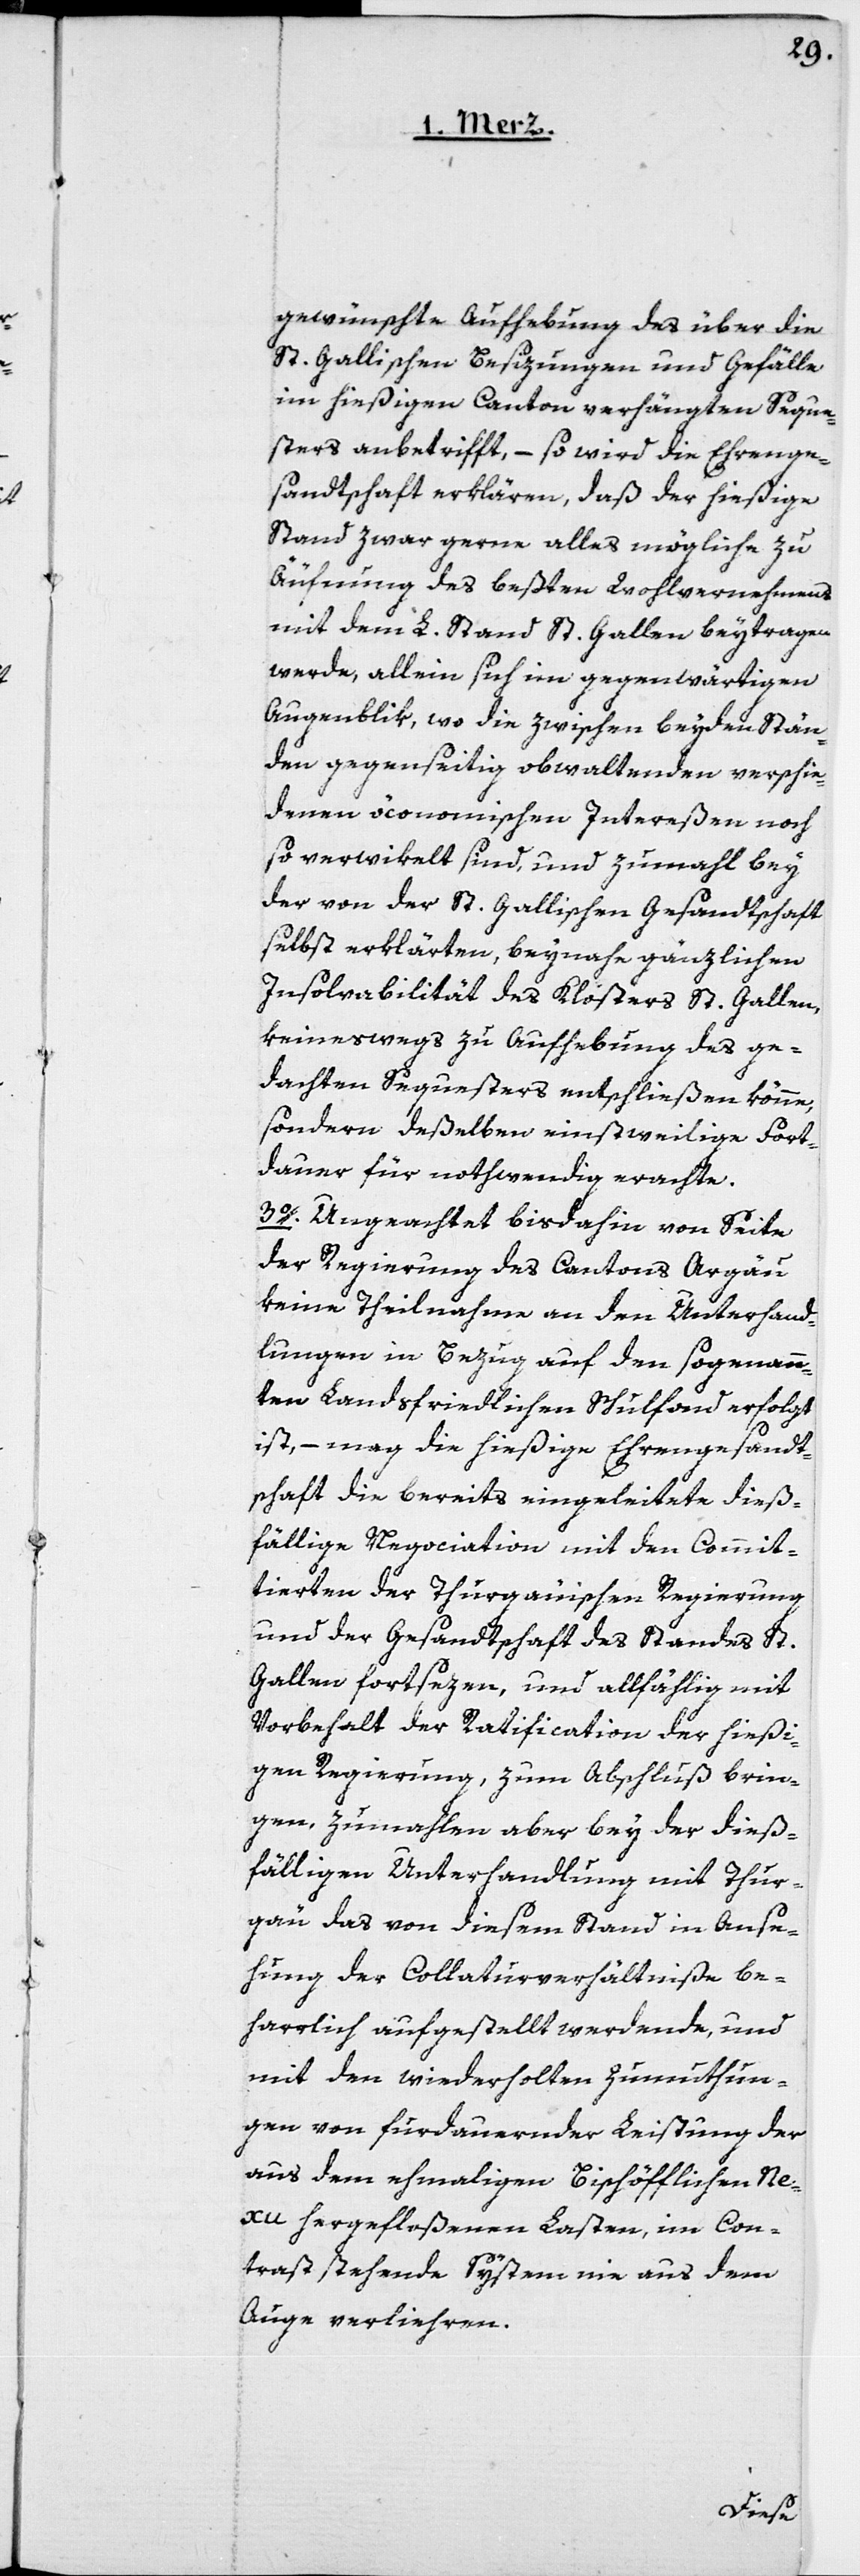
gewünschte Aufhebung des über die
St. Gallischen Besizungen und Gefälle
im hießigen Canton verhängten Seque¬
sters anbetrifft, – so wird die Ehrenge¬
sandtschaft erklären, daß der hießige
Stand zwar gerne alles mögliche zu
Äufnung des beßten Wohlvernehmens
mit dem L. Stand St. Gallen beytragen
werde, allein sich im gegenwärtigen
Augenblick, wo die zwischen beyden Stän¬
den gegenseitig obwaltenden verschie¬
denen öconomischen Intereßen noch
so verwikelt sind, und zumahl bey
der von der St. Gallischen Gesandtschaft
selbst erklärten, beynahe gänzlichen
Insolvabilität des Klosters St. Gallen,
keineswegs zu Aufhebung des ge¬
dachten Sequesters entschließen könne,
sondern deßelben einstweilige Fort¬
dauer für nothwendig erachte.
3o. Ungeachtet bis dahin von Seite
der Regierung des Cantons Argäu
keine Theilnahme an den Unterhand¬
lungen in Bezug auf den sogenann¬
ten Landsfriedlichen Schulfond erfolgt
ist, – mag die hießige Ehrengesandt¬
schaft die bereits eingeleitete dieß¬
fällige Negociation mit den Commit¬
tierten der Thurgauischen Regierung
und der Gesandtschaft des Standes St.
Gallen fortsezen, und allfählig mit
Vorbehalt der Ratification der hießi¬
gen Regierung zum Abschluß brin¬
gen, zumahlen aber bey der dieß¬
fälligen Unterhandlung mit Thur¬
gau das von diesem Stand in Anse¬
hung der Collaturverhältniße be¬
harrlich aufgestellt werdende, und
mit den wiederholten Zumuthun¬
gen von fürdauernder Leistung der
aus dem ehemaligen Bischöfflichen Ne¬
xu hergefloßenen Lasten, im Con¬
trast stehende System nie aus dem
Auge verliehren.